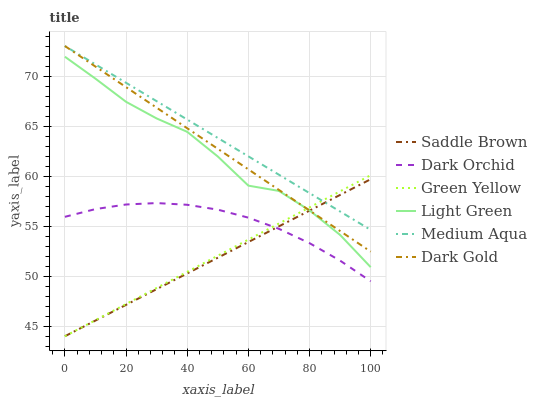
| xaxis_label | Saddle Brown | Dark Orchid | Green Yellow | Light Green | Medium Aqua | Dark Gold |
 | --- | --- | --- | --- | --- | --- | --- |
 | 0 | 44 | 55.9 | 44 | 71.9 | 73 | 73 |
 | 10 | 45.6 | 56.7 | 45.6 | 69.7 | 71.2 | 70.9 |
 | 20 | 47.1 | 57.2 | 47.2 | 67.4 | 69.3 | 68.9 |
 | 30 | 48.7 | 57.3 | 48.8 | 65.8 | 67.5 | 66.8 |
 | 40 | 50.3 | 57.1 | 50.4 | 64.4 | 65.7 | 64.8 |
 | 50 | 51.8 | 56.6 | 52 | 62 | 63.8 | 62.7 |
 | 60 | 53.4 | 55.8 | 53.7 | 59 | 62 | 60.7 |
 | 70 | 55 | 54.7 | 55.3 | 58.5 | 60.1 | 58.6 |
 | 80 | 56.6 | 53.3 | 56.9 | 56.6 | 58.3 | 56.6 |
 | 90 | 58.1 | 51.6 | 58.5 | 54.1 | 56.5 | 54.5 |
 | 100 | 59.7 | 49.5 | 60.1 | 50.9 | 54.6 | 52.5 |